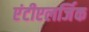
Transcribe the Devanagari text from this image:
एंटीएलर्जिक